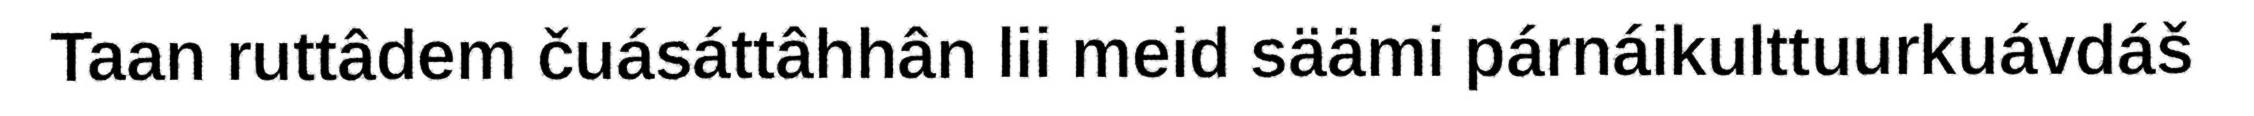
Taan ruttâdem čuásáttâhhân lii meid säämi párnáikulttuurkuávdáš